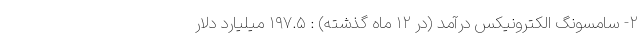
۲- سامسونگ الکترونیکس درآمد (در ۱۲ ماه گذشته) : ۱۹۷.۵ میلیارد دلار